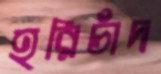
হরিচাঁদ